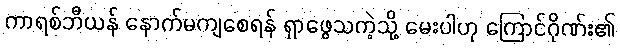
ကာရစ်ဘီယန် နောက်မကျစေရန် ရှာဖွေသကဲ့သို့ မေးပါဟု ကြောင်ဂိုဏ်း၏